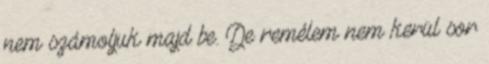
nem számoljuk majd be. De remélem nem kerül sor